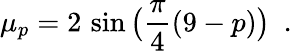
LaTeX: \mu_{p}=2\, \sin\big(\frac{\pi}{4}(9-p)\big)~~.